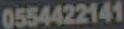
0554422141